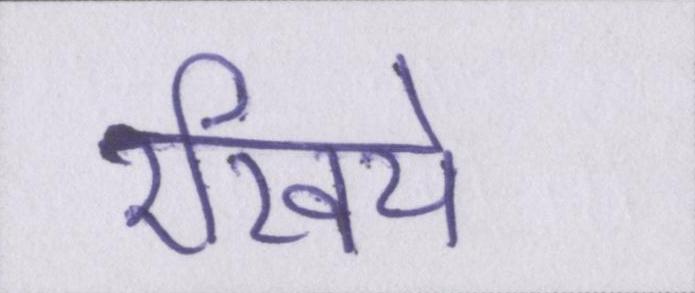
रखिये